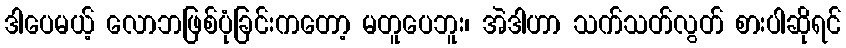
ဒါပေမယ့် လောဘဖြစ်ပုံခြင်းကတော့ မတူပေဘူး၊ အဲဒါဟာ သက်သတ်လွတ် စားပါဆိုရင်